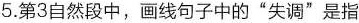
5.第3自然段中，画线句子中的”失调”是指